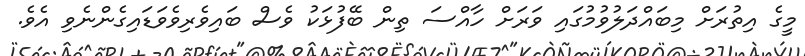
މީގެ އިތުރަށް މިބައްދަލުވުމުގައި ވަރަށް ހާއްސަ ތިން ބޭފުޅަކު ވެސް ބައިވެރިވެވަޑައިގެންނެވި އެވެ.